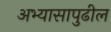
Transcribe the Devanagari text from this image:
अभ्यासापुढील